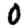
Digit: 0